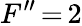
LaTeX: F^{\prime\prime}\, {=}\, 2